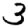
Digit: 3